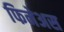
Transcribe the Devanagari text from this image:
फिनेअस